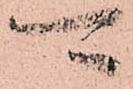
可